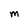
Character: m